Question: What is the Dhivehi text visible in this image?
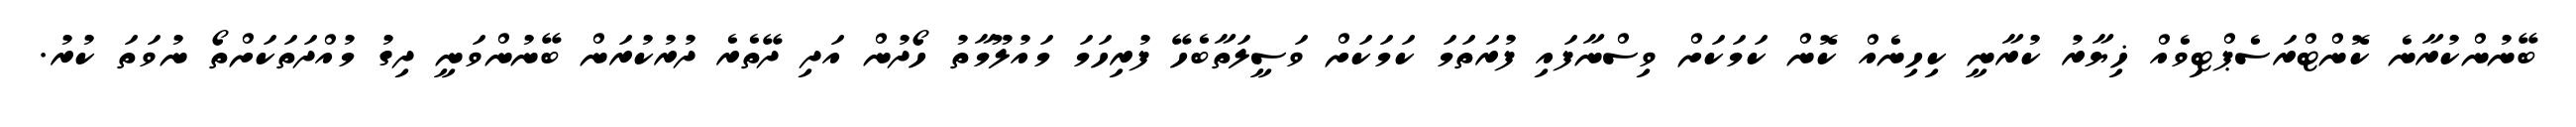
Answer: ބޭނުންކުރާނެ ކޮންޓްރަސެޕްޓިވެއް ޚިޔާރު ކުރާނީ ކިހިނެއް ކޮން ކަމަކަށް ވިސްނާފައި ފުރަތަމަ ކަމަކަށް ވަސީލަތާބެހޭ ފުރިހަމަ މައުލޫމާތު ހޯދުން އަދި ދޭތެރެ ދުރުކުރަން ބޭނުންވަނީ ދިގު މުއްދަތަކަށްތޯ ނުވަތަ ކުރު.